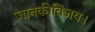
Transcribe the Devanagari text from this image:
जानकीविजय।